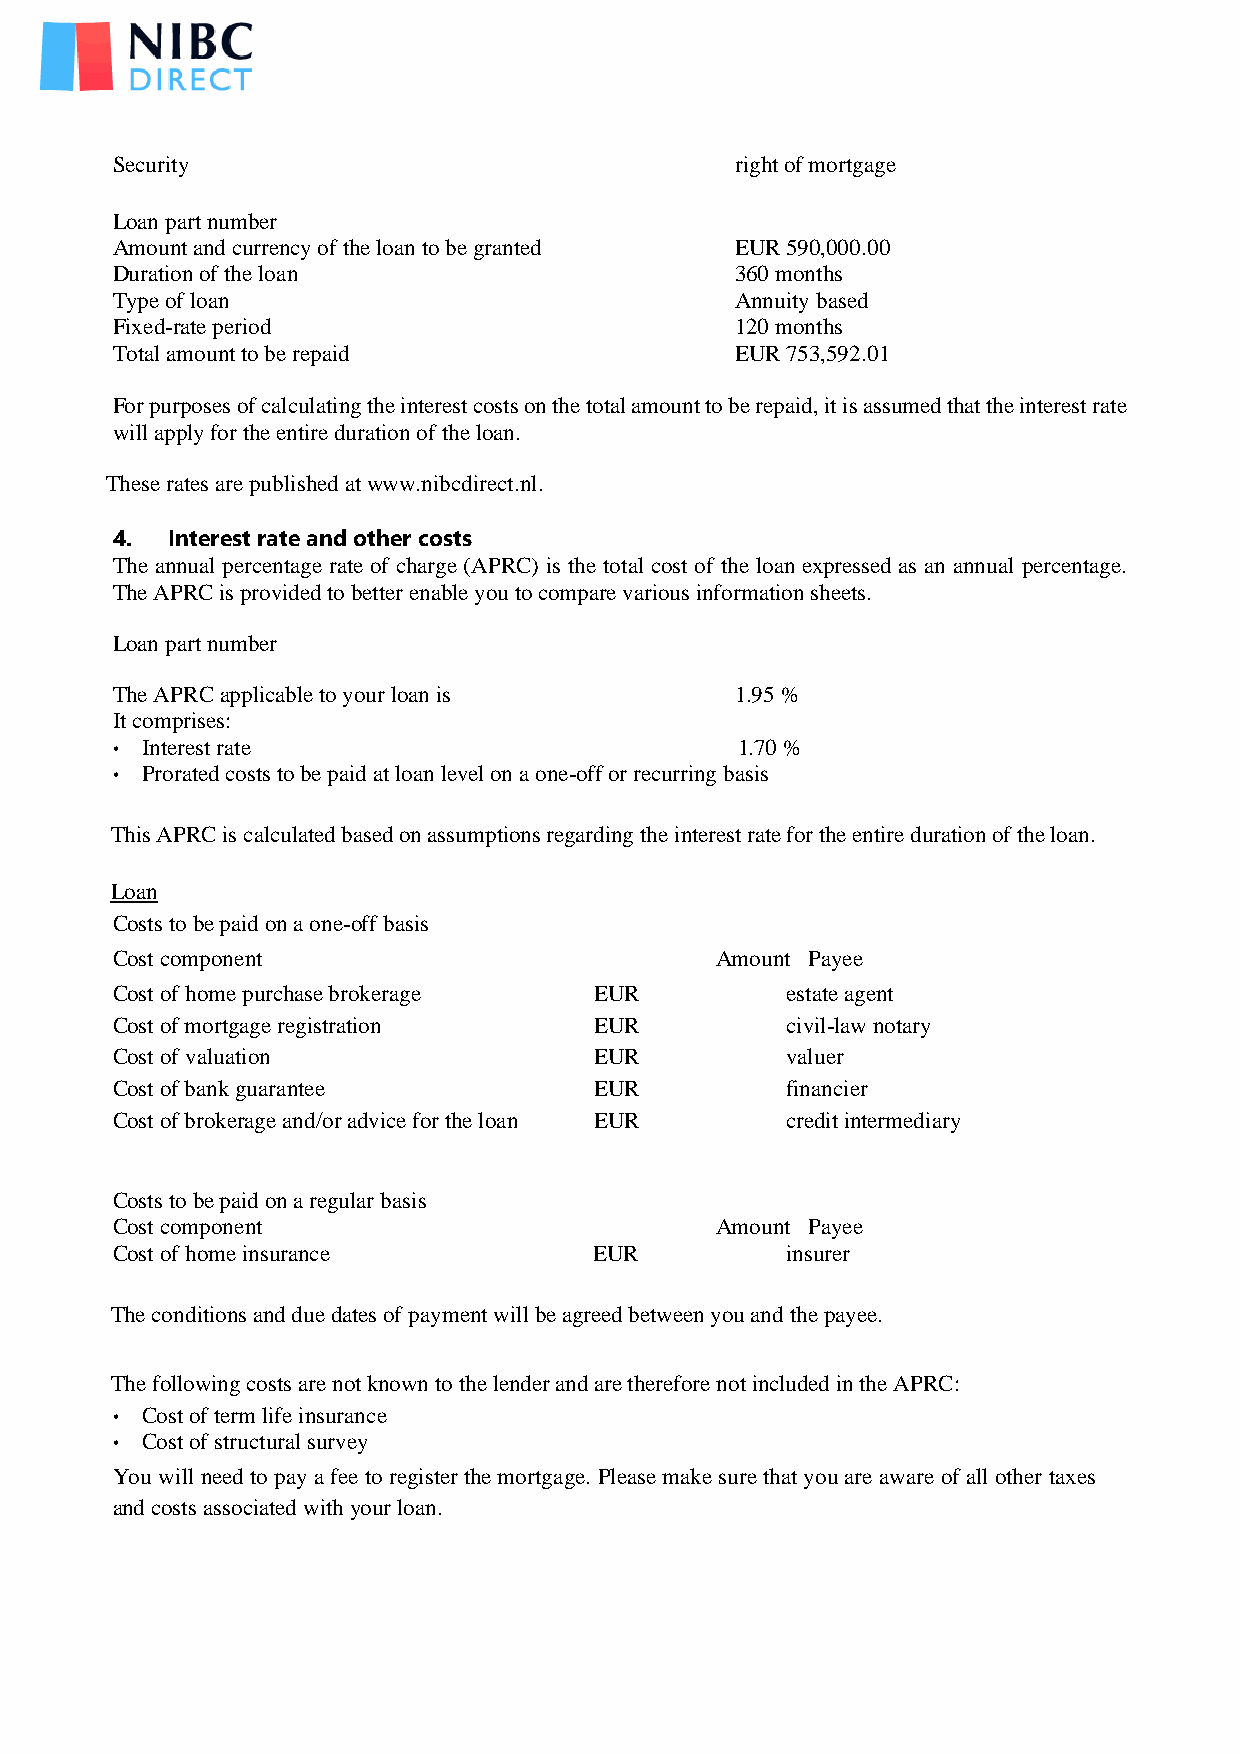
Security                                  right of mortgage
 Loan part number
 Amount and currency of the loan to be granted EUR 590,000.00
 Duration of the loan                      360 months
 Type of loan                              Annuity based
 Fixed-rate period                         120 months
 Total amount to be repaid                 EUR 753,592.01
 For purposes of calculating the interest costs on the total amount to be repaid, it is assumed that the interest rate
 will apply for the entire duration of the loan.
 These rates are published at www.nibcdirect.nl.
 4.  Interest rate and other costs
 The annual percentage rate of charge (APRC) is the total cost of the loan expressed as an annual percentage.
 The APRC is provided to better enable you to compare various information sheets.
 Loan part number
 The APRC applicable to your loan is       1.95 %
 It comprises:
 • Interest rate                           1.70 %
 • Prorated costs to be paid at loan level on a one-off or recurring basis
 This APRC is calculated based on assumptions regarding the interest rate for the entire duration of the loan.
 Loan
 Costs to be paid on a one-off basis
 Cost component                          Amount Payee
 Cost of home purchase brokerage EUR          estate agent
 Cost of mortgage registration   EUR          civil-law notary
 Cost of valuation               EUR          valuer
 Cost of bank guarantee          EUR          financier
 Cost of brokerage and/or advice for the loan EUR credit intermediary
 Costs to be paid on a regular basis
 Cost component                          Amount Payee
 Cost of home insurance          EUR          insurer
 The conditions and due dates of payment will be agreed between you and the payee.
 The following costs are not known to the lender and are therefore not included in the APRC:
 • Cost of term life insurance
 • Cost of structural survey
 You will need to pay a fee to register the mortgage. Please make sure that you are aware of all other taxes
 and costs associated with your loan.